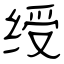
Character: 绶